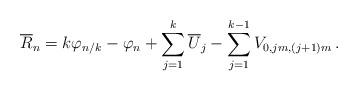
LaTeX: \begin{align*}\overline{R}_n=k \varphi_{n/k} - \varphi_n + \sum_{j=1}^k \overline{U}_j -\sum_{j=1}^{k-1} V_{0,jm,(j+1)m} \,.\end{align*}